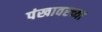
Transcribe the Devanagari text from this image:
पंखावरच्या